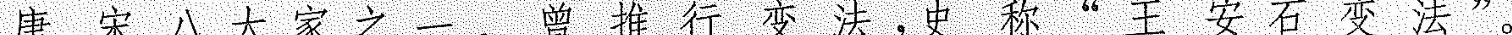
唐宋八大家之一。曾推行变法，史称"王安石变法"，